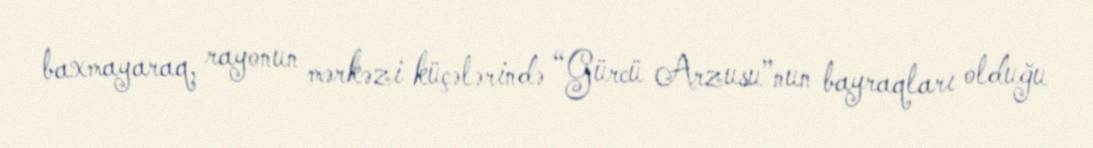
baxmayaraq, rayonun mərkəzi küçələrində “Gürcü Arzusu”nun bayraqları olduğu